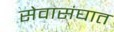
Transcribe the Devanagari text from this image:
सेवासंघात